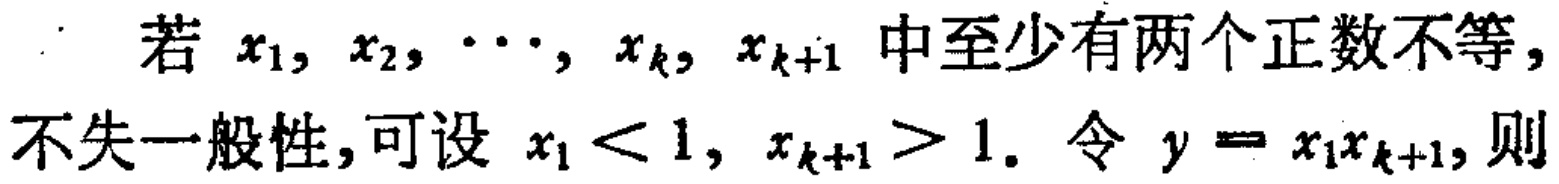
若 \(x_1, x_2, \cdots, x_k, x_{k + 1}\) 中至少有两个正数不等，不失一般性，可设 \(x_1 < 1, x_{k + 1} > 1\). 令 \(y = x_1x_{k + 1}\)，则